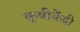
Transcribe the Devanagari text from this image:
कृषीकेंद्री